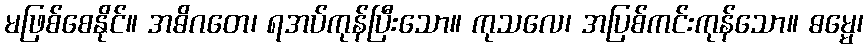
မဖြစ်စေနိုင်။ အဓိဂတေ၊ ရအပ်ကုန်ပြီးသော။ ကုသလေ၊ အပြစ်ကင်းကုန်သော။ ဓမ္မေ၊